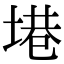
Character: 塂